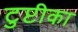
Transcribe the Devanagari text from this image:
टुप्टीका